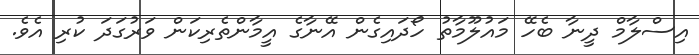
އިސްލާމް ދީނާ ބެހޭ މައުލޫމާތު ހޯދައިގެން އޭނާގެ އީމާންތެރިކަން ވަރުގަދަ ކުރި އެވެ.